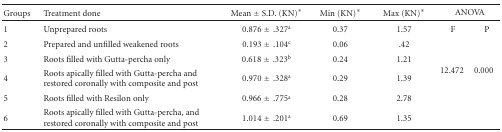
| Groups | Treatment done | Mean ± S.D. (KN)* | Min (KN)* | Max (KN)* | <COLSPAN=2> ANOVA |
 | --- | --- | --- | --- | --- | --- | --- |
 | 1 | Unprepared roots | 0.876 ±.327a | 0.37 | 1.57 | F | P |
 | 2 | Prepared and unfilled weakened roots | 0.193 ±.104c | 0.06 | .42 | <ROWSPAN=5> 12.472 | <ROWSPAN=5> 0.000 |
 | 3 | Roots filled with Gutta-percha only | 0.618 ±.323b | 0.24 | 1.21 |
 | 4 | Roots apically filled with Gutta-percha and restored coronally with composite and post | 0.970 ±.328a | 0.29 | 1.39 |
 | 5 | Roots filled with Resilon only | 0.966 ±.775a | 0.28 | 2.78 |
 | 6 | Roots apically filled with Gutta-percha, and restored coronally with composite and post | 1.014 ±.201a | 0.69 | 1.35 |